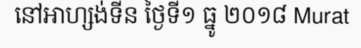
នៅអាហ្សង់ទីន ថ្ងៃទី១ ធ្នូ ២០១៨ Murat